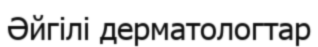
Әйгілі дерматологтар